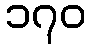
၁၇၀